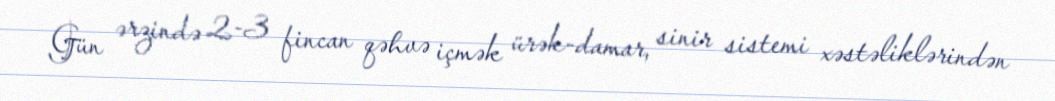
Gün ərzində 2-3 fincan qəhvə içmək ürək-damar, sinir sistemi xəstəliklərindən